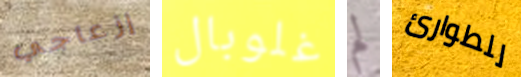
إزعاجي غلوبال لم للطوارئ